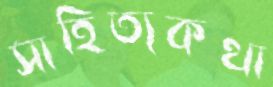
সাহিত্যকথা